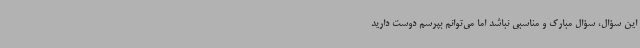
این سؤال، سؤال مبارک و مناسبی نباشد اما می‌توانم بپرسم دوست دارید